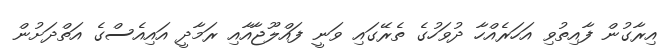
އިރާގުން ފާއިތުވި އަހަރެއްހާ ދުވަހުގެ ތެރޭގައި ވަނީ ފައްލޫޖާއާއި ރަމާދީ އައިއެސްގެ އަތްދަށުން